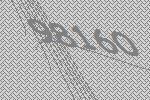
98160